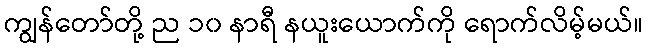
ကျွန်တော်တို့ ည ၁၀ နာရီ နယူးယောက်ကို ရောက်လိမ့်မယ်။